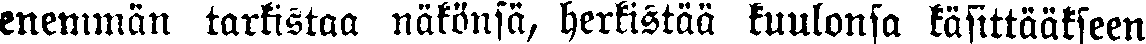
enemmän tarkistaa näkönsä, herkistää kuulonsa käsittääkseen